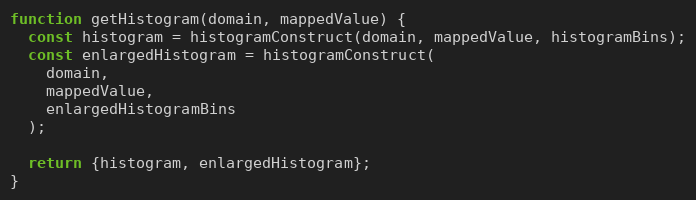
Language: JavaScript
function getHistogram(domain, mappedValue) {
  const histogram = histogramConstruct(domain, mappedValue, histogramBins);
  const enlargedHistogram = histogramConstruct(
    domain,
    mappedValue,
    enlargedHistogramBins
  );

  return {histogram, enlargedHistogram};
}